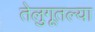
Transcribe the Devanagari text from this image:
तेलुगूतल्या